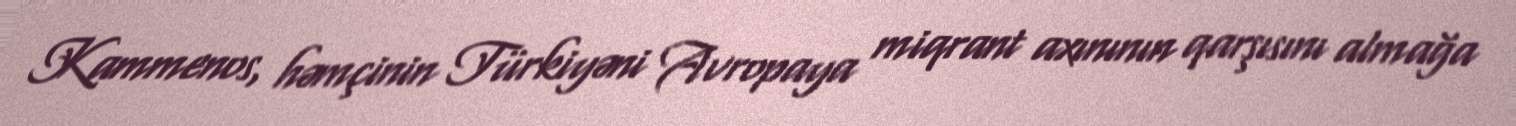
Kammenos, həmçinin Türkiyəni Avropaya miqrant axınının qarşısını almağa